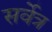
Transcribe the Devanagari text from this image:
सर्वेत्र